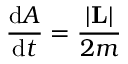
{ \frac { \mathrm { d } A } { \mathrm { d } t } } = { \frac { \left| \mathbf { L } \right| } { 2 m } } \,